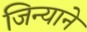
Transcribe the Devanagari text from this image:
जिन्याने